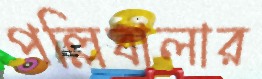
পল্লিবালার